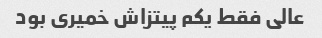
عالی فقط یکم پیتزاش خمیری بود